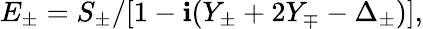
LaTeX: E_{\pm}=S_{\pm}/[1-\mathbf{i}(Y_{\pm}+2Y_{\mp}-\Delta_{\pm})],